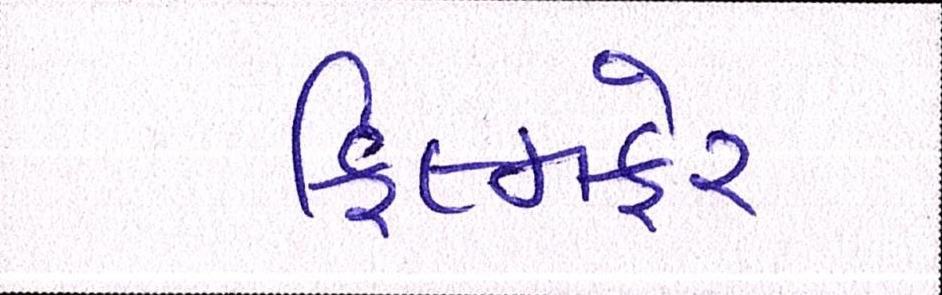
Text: ફિલ્મફેર